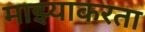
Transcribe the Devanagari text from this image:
माझ्याकरता